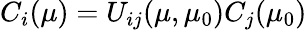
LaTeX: C_{i}(\mu)=U_{ij}(\mu,\mu_{0})C_{j}(\mu_{0})